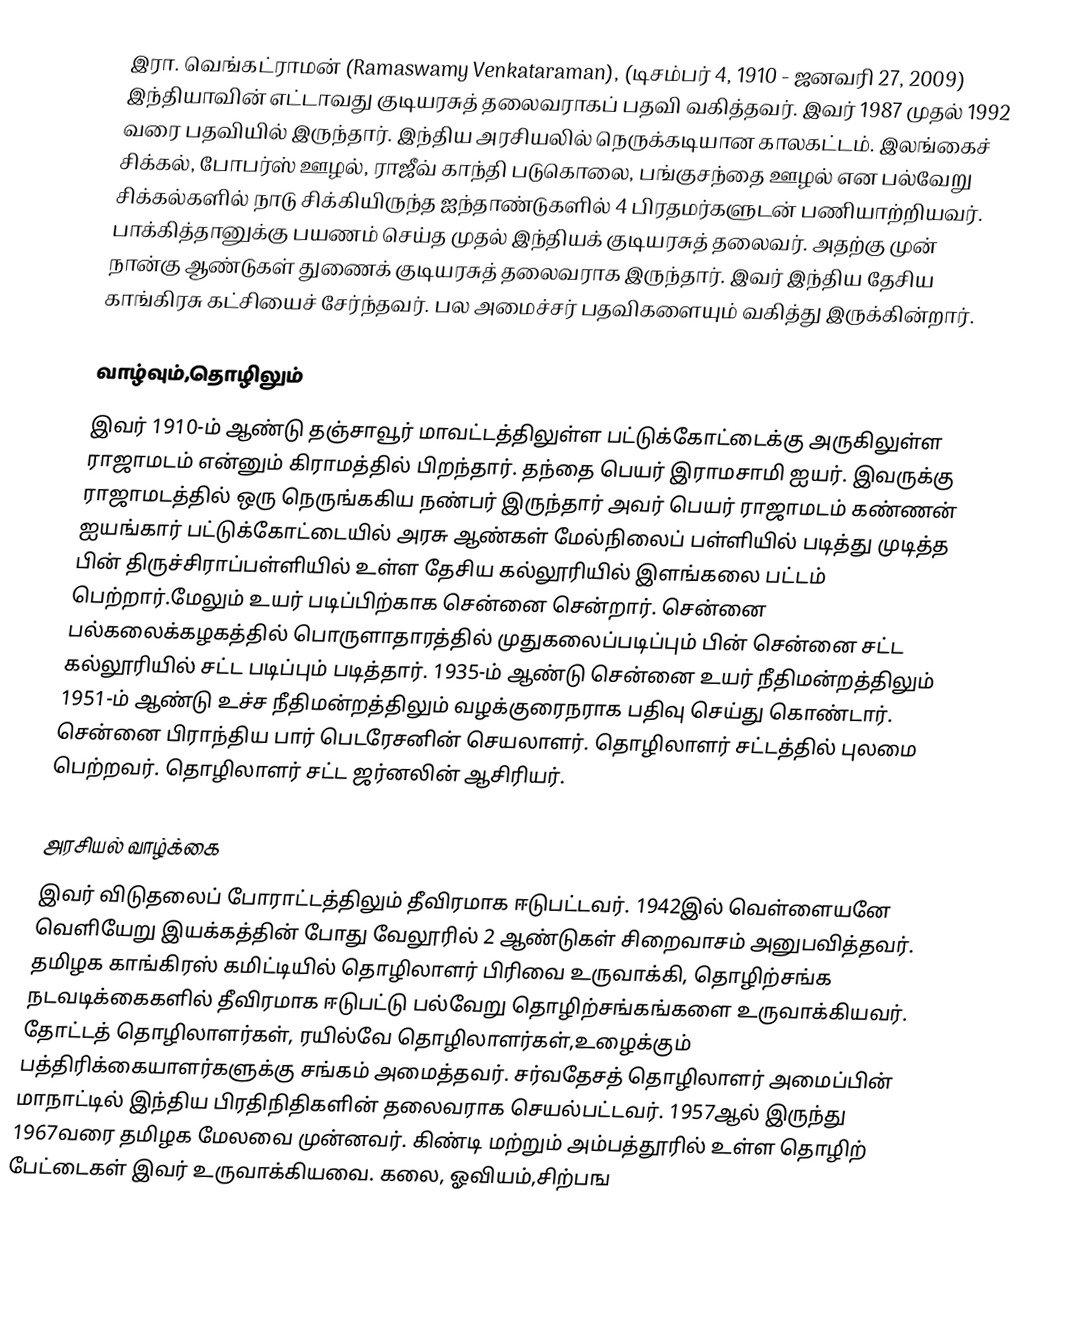
இரா. வெங்கட்ராமன் (Ramaswamy Venkataraman), (டிசம்பர் 4, 1910 - ஜனவரி 27, 2009) இந்தியாவின் எட்டாவது குடியரசுத் தலைவராகப் பதவி வகித்தவர். இவர் 1987 முதல் 1992 வரை பதவியில் இருந்தார். இந்திய அரசியலில் நெருக்கடியான காலகட்டம். இலங்கைச் சிக்கல், போபர்ஸ் ஊழல், ராஜீவ் காந்தி படுகொலை, பங்குசந்தை ஊழல் என பல்வேறு சிக்கல்களில் நாடு சிக்கியிருந்த ஐந்தாண்டுகளில் 4 பிரதமர்களுடன் பணியாற்றியவர். பாக்கித்தானுக்கு பயணம் செய்த முதல் இந்தியக் குடியரசுத் தலைவர். அதற்கு முன் நான்கு ஆண்டுகள் துணைக் குடியரசுத் தலைவராக இருந்தார். இவர் இந்திய தேசிய காங்கிரசு கட்சியைச் சேர்ந்தவர். பல அமைச்சர் பதவிகளையும் வகித்து இருக்கின்றார்.

வாழ்வும்,தொழிலும்
இவர் 1910-ம் ஆண்டு தஞ்சாவூர் மாவட்டத்திலுள்ள பட்டுக்கோட்டைக்கு அருகிலுள்ள ராஜாமடம் என்னும் கிராமத்தில் பிறந்தார்.  தந்தை பெயர் இராமசாமி ஐயர். இவருக்கு ராஜாமடத்தில் ஒரு நெருங்ககிய நண்பர் இருந்தார் அவர்  பெயர் ராஜாமடம் கண்ணன் ஐயங்கார்  பட்டுக்கோட்டையில் அரசு ஆண்கள் மேல்நிலைப் பள்ளியில் படித்து முடித்த பின் திருச்சிராப்பள்ளியில் உள்ள தேசிய கல்லூரியில் இளங்கலை பட்டம் பெற்றார்.மேலும் உயர்  படிப்பிற்காக சென்னை சென்றார். சென்னை பல்கலைக்கழகத்தில் பொருளாதாரத்தில் முதுகலைப்படிப்பும் பின் சென்னை சட்ட கல்லூரியில் சட்ட படிப்பும் படித்தார். 1935-ம் ஆண்டு சென்னை உயர் நீதிமன்றத்திலும் 1951-ம் ஆண்டு உச்ச நீதிமன்றத்திலும் வழக்குரைநராக பதிவு செய்து கொண்டார். சென்னை பிராந்திய பார் பெடரேசனின் செயலாளர். தொழிலாளர் சட்டத்தில் புலமை பெற்றவர். தொழிலாளர் சட்ட ஜர்னலின் ஆசிரியர்.

அரசியல் வாழ்க்கை
இவர் விடுதலைப் போராட்டத்திலும் தீவிரமாக ஈடுபட்டவர். 1942இல் வெள்ளையனே வெளியேறு இயக்கத்தின் போது வேலூரில் 2 ஆண்டுகள் சிறைவாசம் அனுபவித்தவர். தமிழக காங்கிரஸ் கமிட்டியில் தொழிலாளர் பிரிவை உருவாக்கி, தொழிற்சங்க நடவடிக்கைகளில் தீவிரமாக ஈடுபட்டு பல்வேறு தொழிற்சங்கங்களை உருவாக்கியவர். தோட்டத் தொழிலாளர்கள், ரயில்வே தொழிலாளர்கள்,உழைக்கும் பத்திரிக்கையாளர்களுக்கு சங்கம் அமைத்தவர். சர்வதேசத் தொழிலாளர் அமைப்பின் மாநாட்டில் இந்திய பிரதிநிதிகளின் தலைவராக செயல்பட்டவர். 1957ஆல் இருந்து 1967வரை தமிழக மேலவை முன்னவர். கிண்டி மற்றும் அம்பத்தூரில் உள்ள தொழிற் பேட்டைகள் இவர் உருவாக்கியவை. கலை, ஓவியம்,சிற்பங